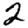
Digit: 2